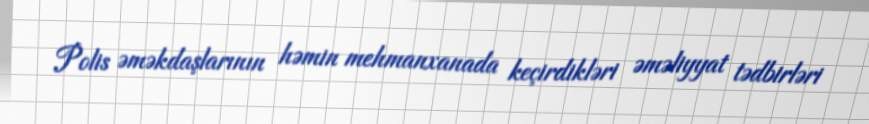
Polis əməkdaşlarının həmin mehmanxanada keçirdikləri əməliyyat tədbirləri